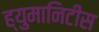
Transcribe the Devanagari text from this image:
ह्युमानिटीस